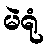
မဲရုံ